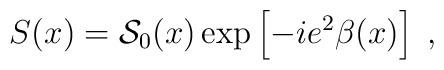
S(x)={\cal S}_0(x)\exp\left[-ie^2\beta(x)\right]\; ,